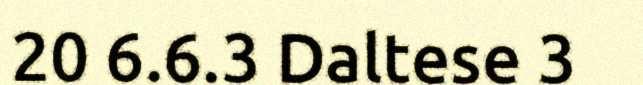
20 6.6.3 Daltese 3